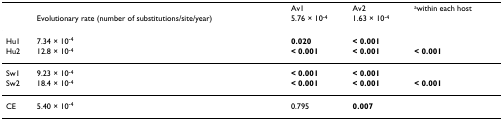
<table><thead><tr><td></td><td></td><td><b>Av1</b></td><td><b>Av2</b></td><td><b><sup>a</sup>within each host</b></td></tr><tr><td></td><td><b>Evolutionary rate (number of substitutions/site/year)</b></td><td><b>5.76 × 10<sup>-4</sup></b></td><td><b>1.63 × 10<sup>-4</sup></b></td><td></td></tr></thead><tbody><tr><td>Hu1</td><td>7.34 × 10<sup>-4</sup></td><td><b>0.020</b></td><td><b>&lt; 0.001</b></td><td></td></tr><tr><td>Hu2</td><td>12.8 × 10<sup>-4</sup></td><td><b>&lt; 0.001</b></td><td><b>&lt; 0.001</b></td><td><b>&lt; 0.001</b></td></tr><tr><td>Sw1</td><td>9.23 × 10<sup>-4</sup></td><td><b>&lt; 0.001</b></td><td><b>&lt; 0.001</b></td><td></td></tr><tr><td>Sw2</td><td>18.4 × 10<sup>-4</sup></td><td><b>&lt; 0.001</b></td><td><b>&lt; 0.001</b></td><td><b>&lt; 0.001</b></td></tr><tr><td>CE</td><td>5.40 × 10<sup>-4</sup></td><td>0.795</td><td><b>0.007</b></td><td></td></tr></tbody></table>